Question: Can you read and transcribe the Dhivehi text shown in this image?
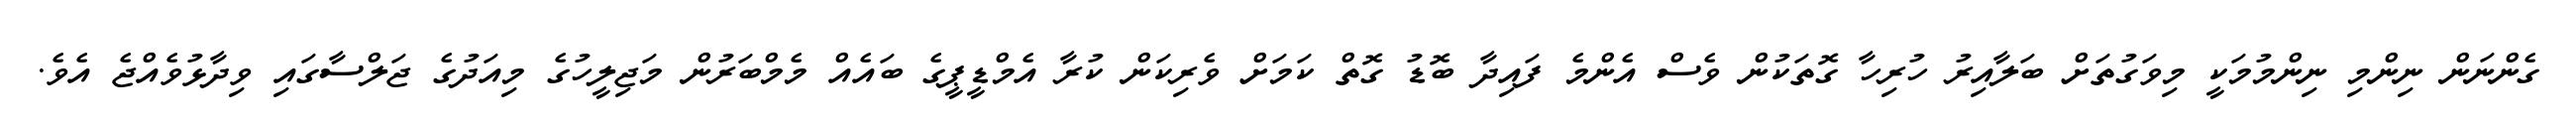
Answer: ގެންނަން ނިންމި ނިންމުމަކީ މިވަގުތަށް ބަލާއިރު ހުރިހާ ގޮތަކުން ވެސް އެންމެ ފައިދާ ބޮޑު ގޮތް ކަމަށް ވެރިކަން ކުރާ އެމްޑީޕީގެ ބައެއް މެމްބަރުން މަޖިލީހުގެ މިއަދުގެ ޖަލްސާގައި ވިދާޅުވެއްޖެ އެވެ.